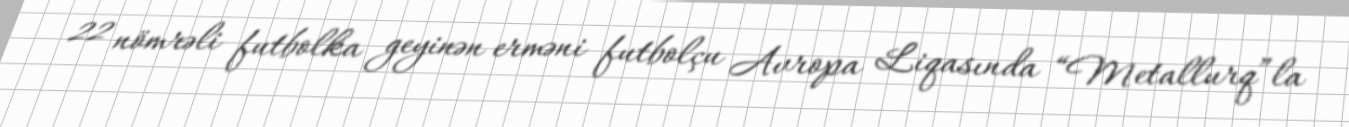
22 nömrəli futbolka geyinən erməni futbolçu Avropa Liqasında “Metallurq”la